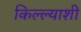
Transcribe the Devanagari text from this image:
किल्ल्याशी